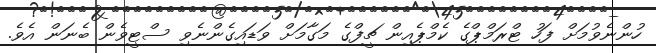
ހުންނެވުމަށް ފަހު ޓްރަމްޕްގެ ކެމްޕެއިން ޗީފްގެ މަގާމަށް ވަޑައިގެންނެވި ސްޓީވެން ބެނަން އެވެ.